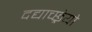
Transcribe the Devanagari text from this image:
दद्याच्छ्रेयो